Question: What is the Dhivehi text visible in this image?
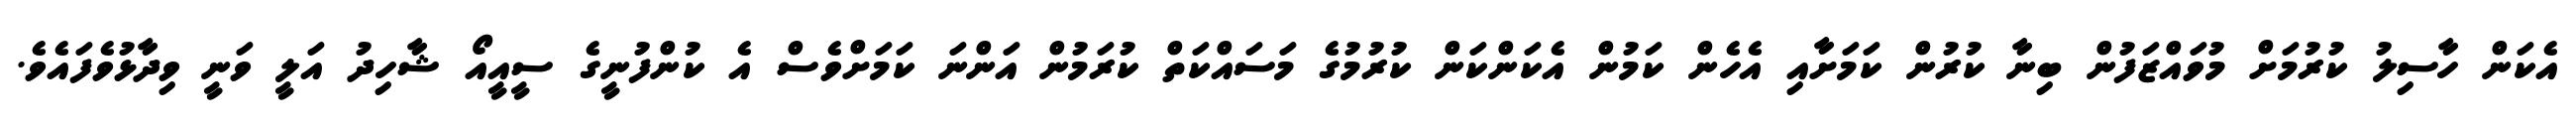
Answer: އެކަން ހާސިލު ކުރުމަށް މުވައްޒަފުން ބިނާ ކުރުން ކަމަށާއި އެހެން ކަމުން އެކަންކަން ކުރުމުގެ މަސައްކަތް ކުރަމުން އަންނަ ކަމަށްވެސް އެ ކުންފުނީގެ ސީއީއޯ ޝާހިދު އަލީ ވަނީ ވިދާޅުވެފައެވެ.